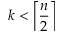
k < \left\lceil { \frac { n } { 2 } } \right\rceil